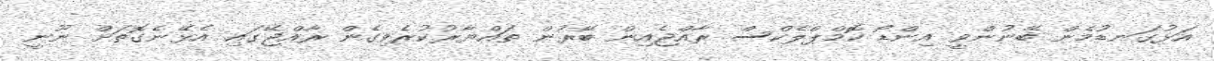
އަޅުގަނޑުމެން ބޭނުންވީ އިންޑޯ ކޮމްޕްލެކްސް ރާއްޖެއިން ބޭރުން ތައްޔާރުކުރެވިގެން ރާއްޖޭގައި އެޅޭނެގޮތަށް ނޫނީ